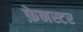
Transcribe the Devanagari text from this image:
फ़ेनस्टर